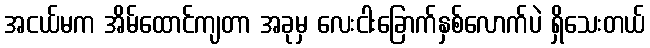
အငယ်မက အိမ်ထောင်ကျတာ အခုမှ လေးငါးခြောက်နှစ်လောက်ပဲ ရှိသေးတယ်